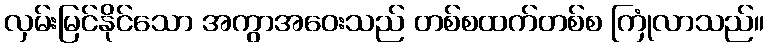
လှမ်းမြင်နိုင်သော အကွာအဝေးသည် တစ်စထက်တစ်စ ကြုံလာသည်။